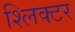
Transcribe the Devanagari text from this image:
श्लिक्टर